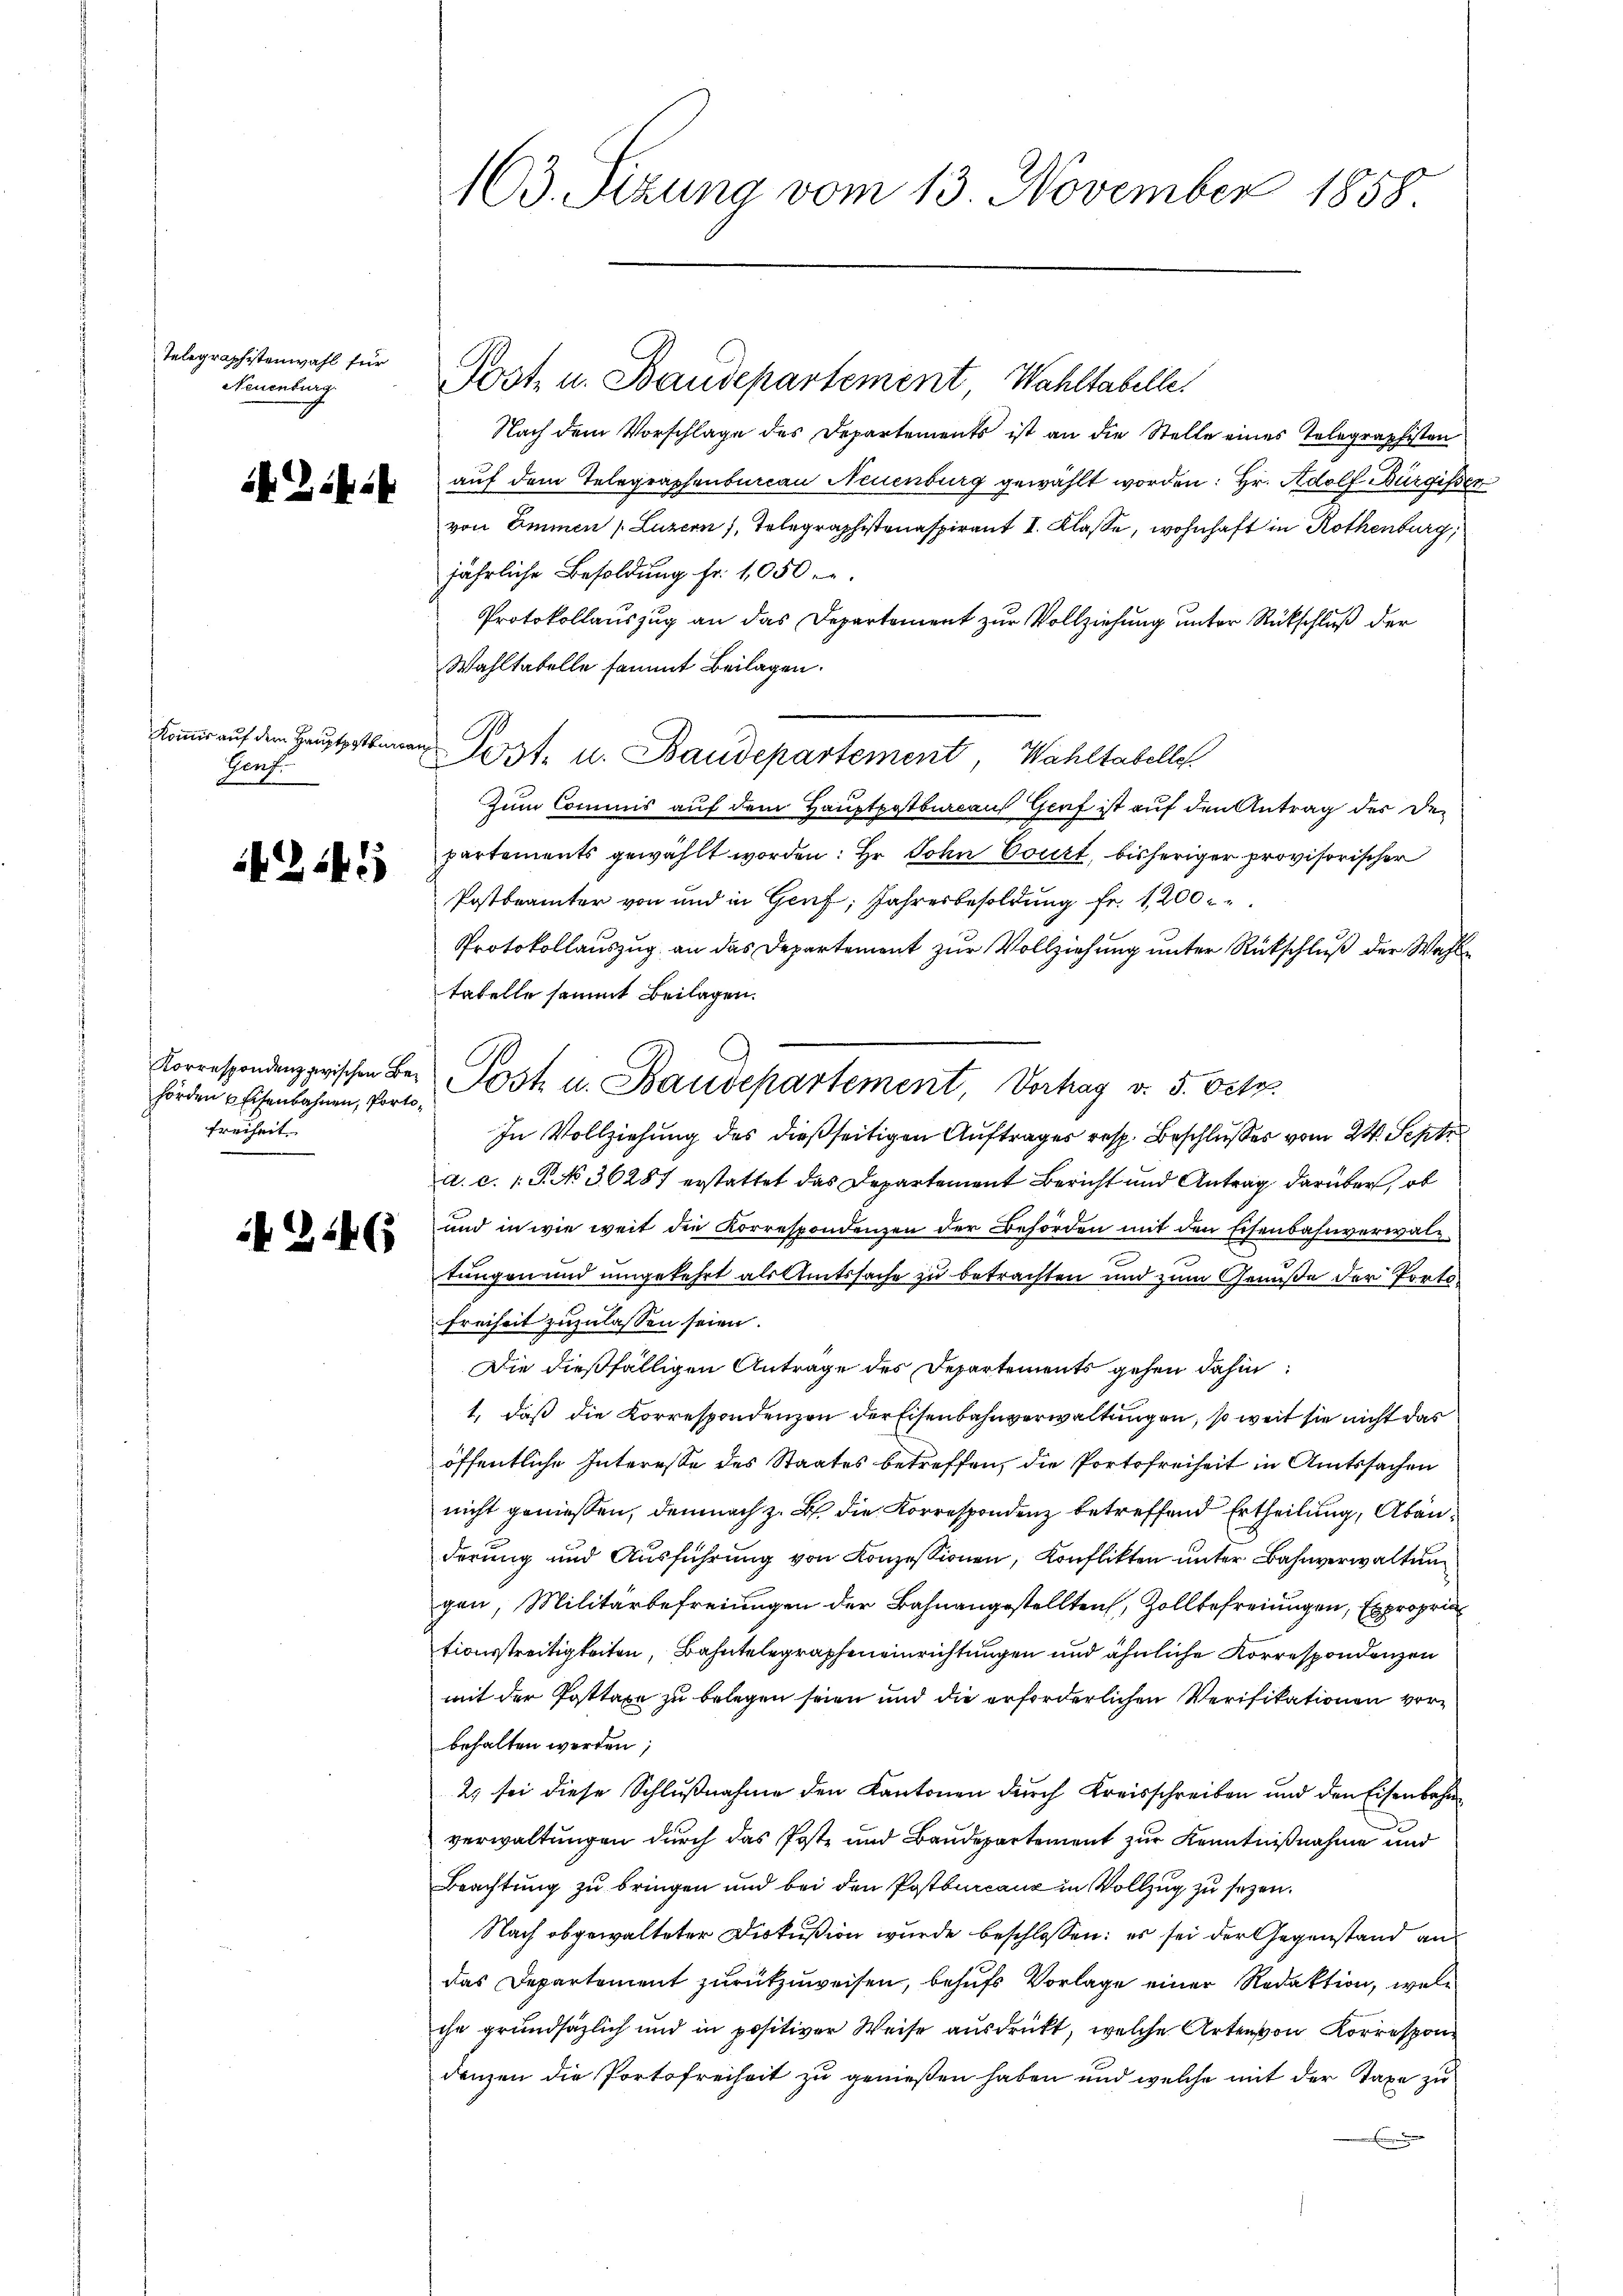
Telegraphistenwahl für
Neuenburg

f 24

Kommis auf dem Hauptpotburcan
Genf.

245

Korrespondenz zwischen Behörden Eisenbahnen, Porto¬
Freiheit.

i2146

163. Sizung vom 13. November 1858.

Nach dem Vorschlage des Departements ist an die Stelle eines Telegraphisten
auf dem Telegraphenbureau Neuenburg gewählt worden: Hr. Adolf Bürgisser
von Emmen (Luzern, Telegraphistenaspirant I. Klasse, wohnhaft in Rothenburg,
jährliche Besoldung fr. 1050. r.
Protokollauszug an das Departement zur Vollziehung unter Rückschluß der
Wahltatelle sammt Beilagen.
Zum Commis auf dem Hauptpostbarcauf Genf ist auf den Antrag des Departements gewählt worden: Er John Court, bisheriger provisorischer
Postbeamter von und in Genf, Jahresbesoldung fr. 1200
Protokollauszug an das Departement zur Vollziehung unter Rückschluß der Wahl
tatelle sammt Beilagen.
In Vollziehung des dießseitigen Auftrages resp. Beschlusses vom 24. Septe
a. c. 1 S. No. 36287 erstattet das Departement Bericht und Antrag darüber, ob
und in wie weit die Korrespondenzen der Behörden mit den Eisenbahnverwalztungen und umgekehrt als Amtssache zu betrachten und zum Genuße der Porto¬
Freiheit zuzulassen seien.
Die dießfälligen Antrage des Departements gehen dahin:
1, daß die Korrespondenzen der Eisenbahnverwaltungen, so weit sie nicht das
öffentliche Interesse des Staates betreffen, die Portofreiheit in Amtssachen
nicht geniessen, demnach z. B. die Korrespondenz betreffend Ertheilung, Abänderung und Ausführung von Konzessionen, Konflikten unter Bahnverwaltung
gen, Militärbefreiungen der Bahnangestellten, Zollbefreiungen, Expropritionsstreitigkeiten, Bahntelegraphen einrichtungen und ähnliche Korrespondenzen
mit der Posttaxe zu belegen seien und die erforderlichen Verifikationen vorbehalten werden,
2) sei diese Schlŭβnahme den Kantonen durch Kreisschreiben und den Eisenbahn
verwaltungen durch das Poste und Baudepartement zur Kenntnißnahme und
Beachtung zu bringen und bei den Postburcanz in Vollzug zu sezen.
Nach abgewalteter Diskußion wurde beschlossen: es sei der Gegenstand an
das Departement zurückzuweisen, behufs Vorlage einer Redaktion, welc
che grundsätzlich und in positiver Weise ausdrückt, welche Arten von Korrespon
denzen die Portofreiheit zu genießen haben und welche mit der Taxe zu
.

Post- u. Baudepartement Wahltabelle.

Post- u. Baudepartement, Wahltabelle.

Post u. Baudepartement, Vorhag v. 5. Octo